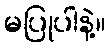
မပြုပါနဲ့။